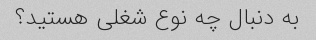
به دنبال چه نوع شغلی هستید؟